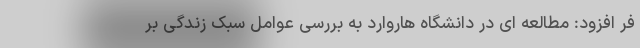
فر افزود: مطالعه ای در دانشگاه هاروارد به بررسی عوامل سبک زندگی بر